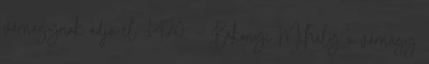
várnagynak adja el. 1470. – Bakonyi Mihály a várnagy